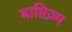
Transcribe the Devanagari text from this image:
बाप्तिज़्म